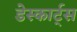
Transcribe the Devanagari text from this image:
डेस्कार्ट्स